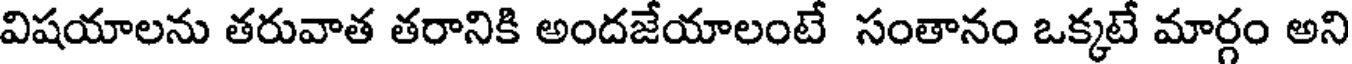
విషయాలను తరువాత తరానికి అందజేయాలంటే సంతానం ఒక్కటే మార్గం అని